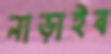
নাড়াইব